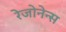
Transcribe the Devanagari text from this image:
रेजोनेन्स